Scottish Certificate of Education, 1962
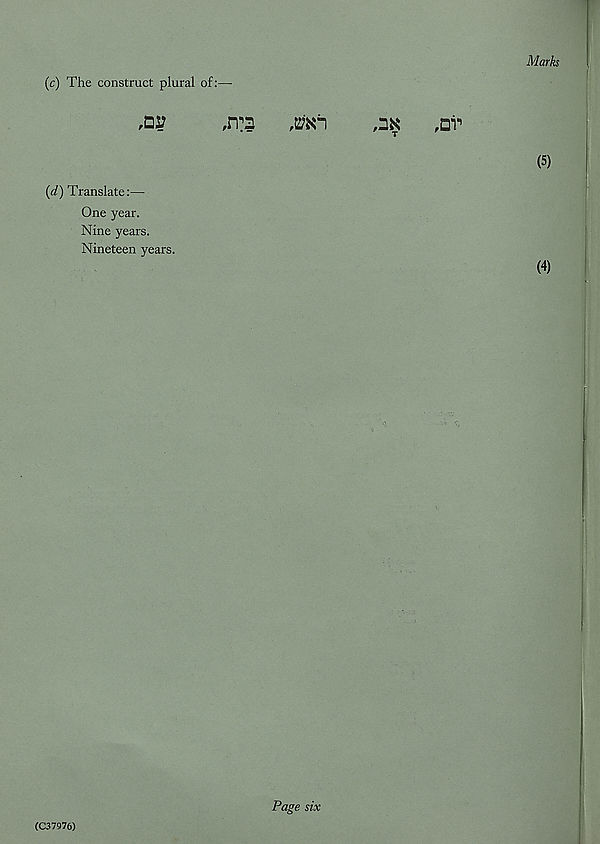
Marks
(c) The construct plural of:—■
,ny
,rr3
,m"i
^
,nv
(d) Translate:—
One year.
Nine years.
Nineteen years.
(5)
(4)
(C37976)
Page six